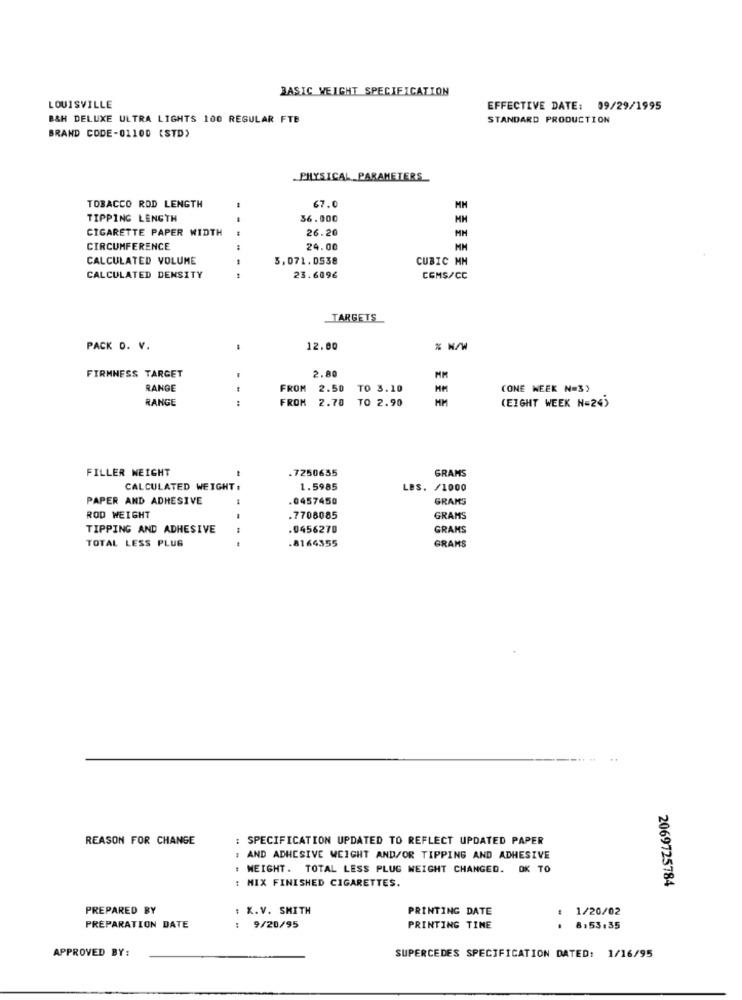
BASIC WEIGHT SPECIFICATION
LOUISVILLE
EFFECTIVE DATE: 09/29/1995
B&H DELUXE ULTRA LIGHTS 100 REGULAR FTB
STANDARD PRODUCTION
BRAND CODE-01100 (STD)
PHYSICAL PARAMETERS
67.0
TOBACCO ROD LENGTH
TIPPING LENGTH
36.000
MH
CIGARETTE PAPER WIDTH
26.20
MM
CIRCUMFERENCE
24.00
CALCULATED VOLUME
3.071.0538
CUBIC MH
CALCULATED DENSITY
---
23.609€
CEMS/CC
TARGETS
PACK D. V.
12.00
FIRMNESS TARGET
2.80
MM
RANGE
FROM 2.50 TO 3.10
HM
CONE WEEK N=3)
RANGE
FROM 2.70 TO 2.90
(EIGHT WEEK N=24)
FILLER WEIGHT
.7250655
GRAMS
CALCULATED WEIGHT :
1.5985
LBS. /1000
PAPER AND ADHESIVE
0457450
GRAMS
ROD WEIGHT
.7708085
GRAMS
TIPPING AND ADHESIVE
0456270
GRAMS
TOTAL LESS PLUG
.8164355
GRAMS
REASON FOR CHANGE
: SPECIFICATION UPDATED TO REFLECT UPDATED PAPER
: AND ADHESIVE WEIGHT AND/OR TIPPING AND ADHESIVE
: WEIGHT. TOTAL LESS PLUG WEIGHT CHANGED. OK TO
MIX FINISHED CIGARETTES.
2069725784
PREPARED BY
K.V. SMITH
PRINTING DATE
1/20/02
PREPARATION DATE
:
9/20/95
PRINTING TINE
8:53:35
APPROVED BY:
SUPERCEDES SPECIFICATION DATED: 1/16/95